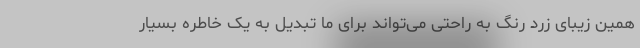
همین زیبای زرد رنگ به راحتی می‌تواند برای ما تبدیل به یک خاطره بسیار